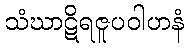
သံဃာဋိရဇူပဝါဟနံ